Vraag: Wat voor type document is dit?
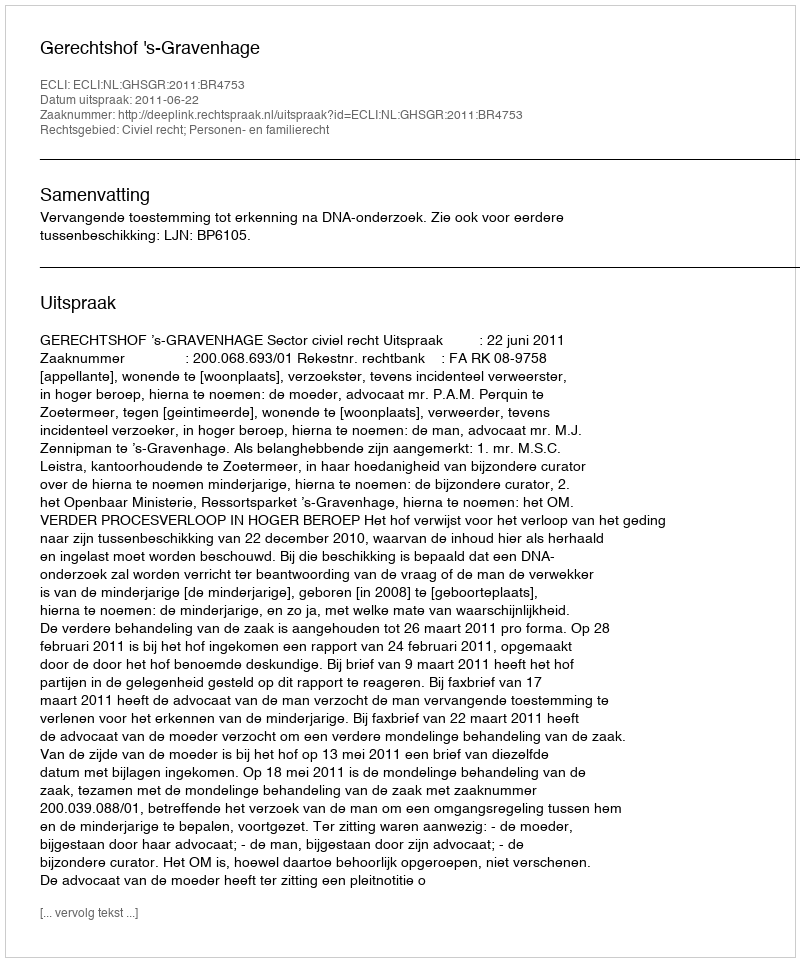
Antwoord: Uitspraak